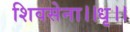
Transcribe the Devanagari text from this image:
शिवसेना।।धृ।।